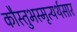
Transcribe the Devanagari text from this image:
कौस्तुभस्मृत्यर्थसार